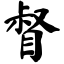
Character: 督